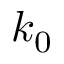
k _ { 0 }